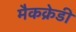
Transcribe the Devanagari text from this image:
मैकक्रेडी